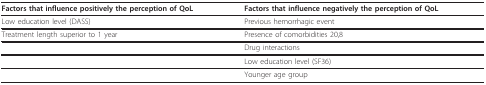
<table><thead><tr><td><b>Factors that influence positively the perception of QoL</b></td><td><b>Factors that influence negatively the perception of QoL</b></td></tr></thead><tbody><tr><td>Low education level (DASS)</td><td>Previous hemorrhagic event</td></tr><tr><td>Treatment length superior to 1 year</td><td>Presence of comorbidities 20,8</td></tr><tr><td></td><td>Drug interactions</td></tr><tr><td></td><td>Low education level (SF36)</td></tr><tr><td></td><td>Younger age group</td></tr></tbody></table>